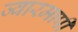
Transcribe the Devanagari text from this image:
ज्वारमापी